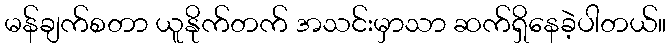
မန်ချက်စတာ ယူနိုက်တက် အသင်းမှာသာ ဆက်ရှိနေခဲ့ပါတယ်။